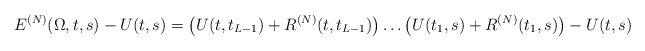
\begin{align*}E^{(N)}(\Omega,t,s)-U(t,s)=\big(U(t,t_{L-1})+R^{(N)}(t,t_{L-1})\big)\ldots \big(U(t_1,s)+R^{(N)}(t_1,s)\big)-U(t,s)\end{align*}